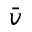
\bar { v }